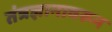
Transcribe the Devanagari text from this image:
तंत्रज्ञानावरून